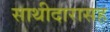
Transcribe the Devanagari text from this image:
साथीदारासह